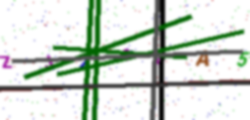
Text: ZJ2O4A5